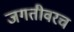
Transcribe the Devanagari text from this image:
जगतीवरच